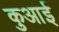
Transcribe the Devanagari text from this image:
कुआई